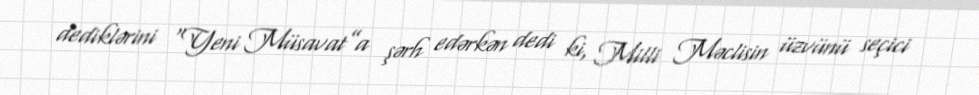
dediklərini “Yeni Müsavat”a şərh edərkən dedi ki, Milli Məclisin üzvünü seçici